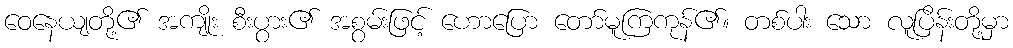
ဝေနေယျတို့၏ အကျိုး စီးပွား၏ အစွမ်းဖြင့် ဟောပြော တော်မူကြကုန်၏။ တစ်ပါး သော လူပြိန်းတို့မှာ